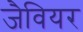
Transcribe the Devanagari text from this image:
जैवियर